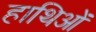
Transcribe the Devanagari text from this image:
हाथिओं